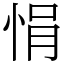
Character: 悁